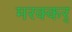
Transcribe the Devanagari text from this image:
मरक्कर्